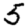
Digit: 5